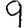
Digit: 9